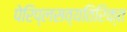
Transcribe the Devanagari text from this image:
पेरिप्लसव्यतिरिक्त